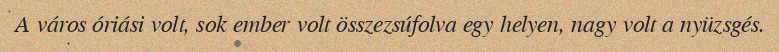
A város óriási volt, sok ember volt összezsúfolva egy helyen, nagy volt a nyüzsgés.